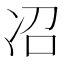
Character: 𫥈